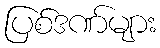
ပြစ်ဒဏ်များ